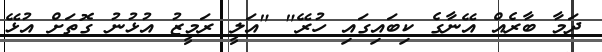
ދަމާ ބާރެއް އޭނާގެ ކިބައިގައި ހުރޭ" "އަލީ ރަމީޒު އުޅުނު ގޮތަށް އުޅޭ